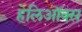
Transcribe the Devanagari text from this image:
हेलिऑक्स